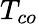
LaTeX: T_{co}